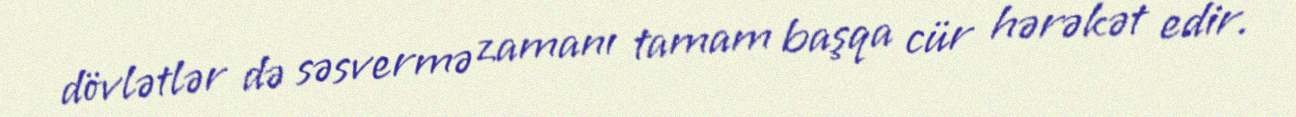
dövlətlər də səsvermə zamanı tamam başqa cür hərəkət edir.